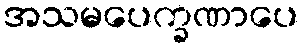
အသမပေက္ခဏာပေ